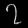
Digit: ၇